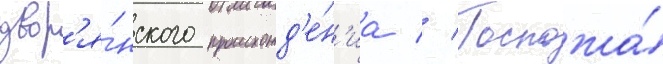
двор'я́нского происхожд'е́н'иа // Госпожа́